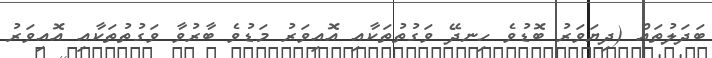
ބަދަލުތައް (ދިޔަވަރު ބޮޑުވެ ހިނދޭ ވަގުތުތަކާއި އޮއިވަރު މަޑުވެ ބާރުވާ ވަގުތުތަކާއި އޮއިވަރު